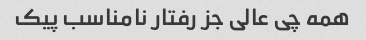
همه چی عالی جز رفتار نامناسب پیک